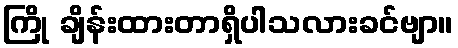
ကြို ချိန်းထားတာရှိပါသလားခင်ဗျာ။